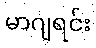
မာဂျရင်း